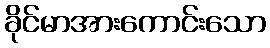
ခိုင်မာအားကောင်းသော